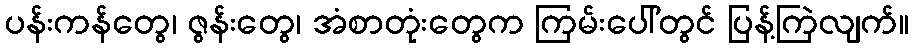
ပန်းကန်တွေ၊ ဇွန်းတွေ၊ အံစာတုံးတွေက ကြမ်းပေါ်တွင် ပြန့်ကြဲလျက်။